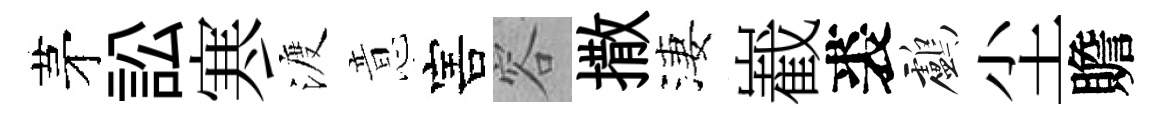
茅訟寒渡意害容撒淒嶻裘鸕尘贍